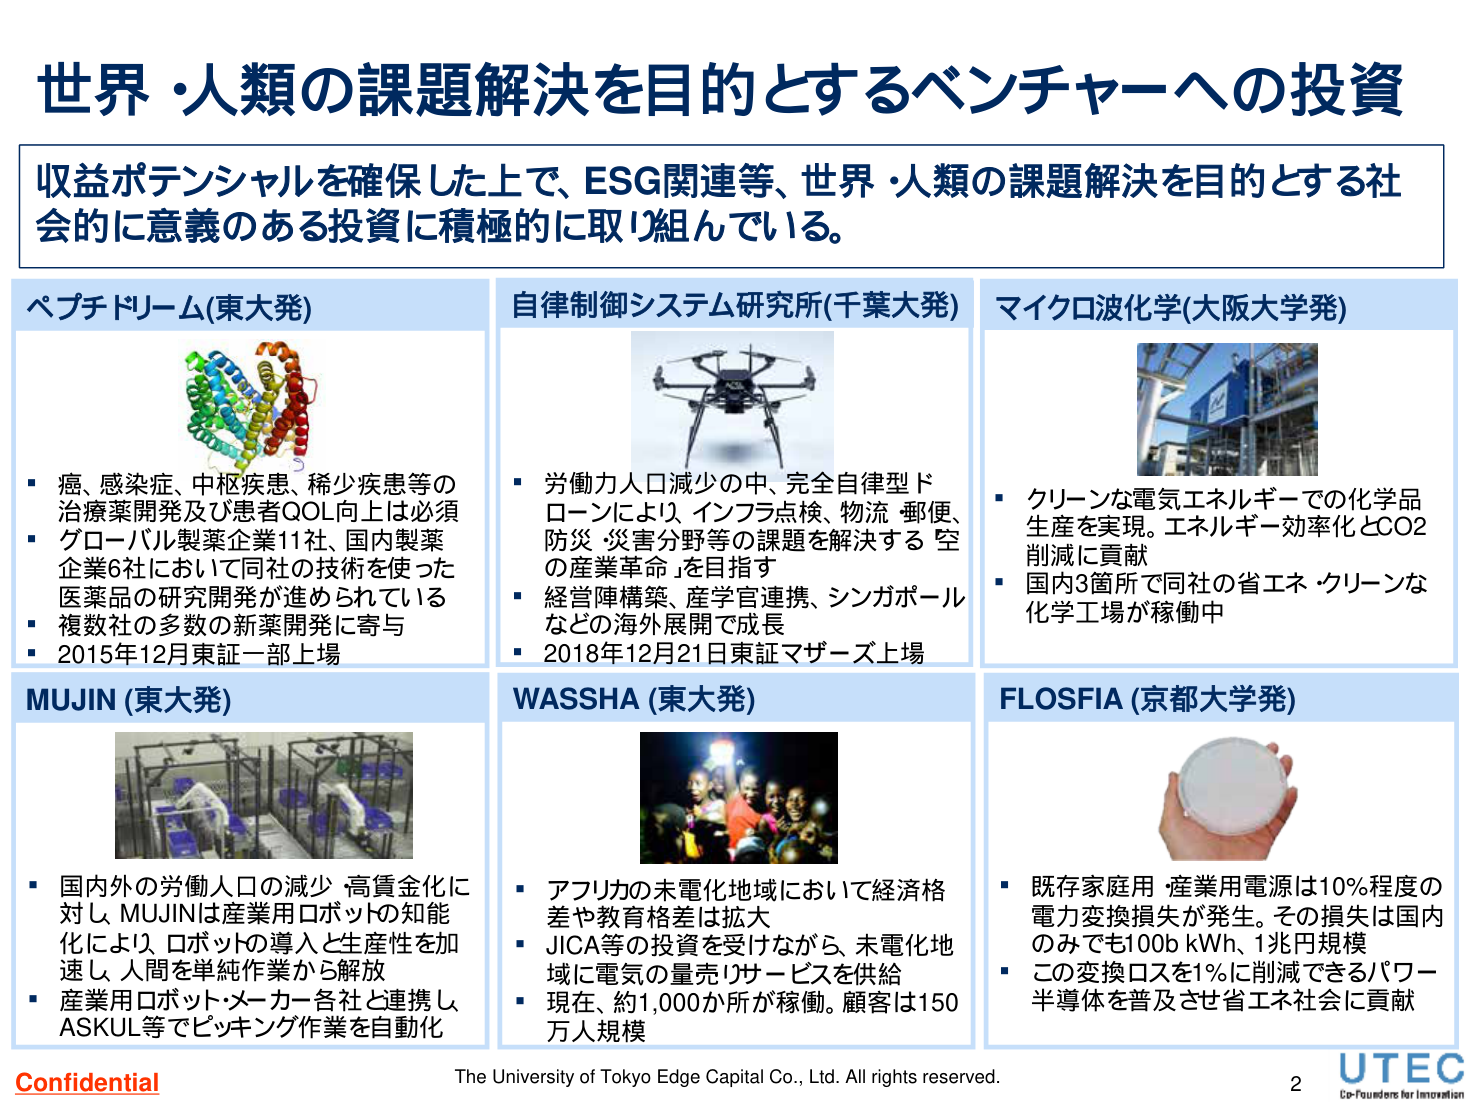
世界・人類の課題解決を目的とするベンチャーへの投資

収益ポテンシャルを確保した上で、ESG関連等、世界・人類の課題解決を目的とする社会的に意義のある投資に積極的に取り組んでいる。

ペプチドリーム(東大発)
・癌、感染症、中枢疾患、稀少疾患等の治療薬開発及び患者QOL向上は必須
・グローバル製薬企業11社、国内製薬企業6社において同社の技術を使った医薬品の研究開発が進められている
・複数社の多数の新薬開発に寄与
・2015年12月東証一部上場

自律制御システム研究所(千葉大発)
・労働力人口減少の中、完全自律型ドローンにより、インフラ点検、物流・郵便、防災・災害分野等の課題を解決する「空の産業革命」を目指す
・経営陣構築、産学官連携、シンガポールなどの海外展開で成長
・2018年12月21日東証マザーズ上場

マイクロ波化学(大阪大学発)
・クリーンな電気エネルギーでの化学品生産を実現。エネルギー効率化とCO2削減に貢献
・国内3箇所で同社の省エネ・クリーンな化学工場が稼働中

MUJIN (東大発)
・国内外の労働人口の減少、高賃金化に対し、MUJINは産業用ロボットの知能化により、ロボットの導入と生産性を加速し、人間を単純作業から解放
・産業用ロボットメーカー各社と連携し、ASKUL等でピッキング作業を自動化

WASSHA (東大発)
・アフリカの未電化地域において経済格差や教育格差は拡大
・JICA等の投資を受けながら、未電化地域に電気の量売りサービスを供給
・現在、約1,000か所が稼働。顧客は150万人規模

FLOSFIA (京都大学発)
・既存家庭用・産業用電源は10%程度の電力変換損失が発生。その損失は国内のみでも100b kWh、1兆円規模
・この変換ロスを1%に削減できるパワー半導体を普及させ省エネ社会に貢献

Confidential
The University of Tokyo Edge Capital Co., Ltd. All rights reserved.
2
UTEC
Co-Founders for Innovation